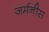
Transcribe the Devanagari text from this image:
जर्मनीस